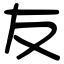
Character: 友